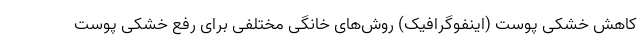
کاهش خشکی پوست (اینفوگرافیک) روش‌های خانگی مختلفی برای رفع خشکی پوست